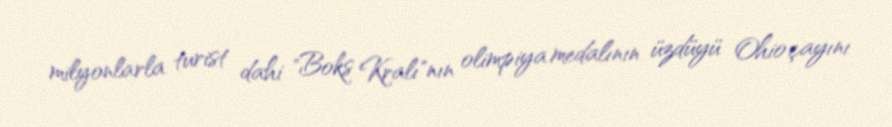
milyonlarla turist dahi "Boks Kralı"nın olimpiya medalının üzdüyü Ohio çayını